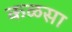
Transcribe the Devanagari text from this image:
कळसा